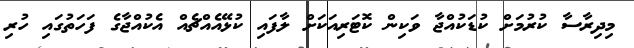
މިދިރާސާ ކުރުމަށް ކުޑަކުއްޖާ ވަކިން ކޮޓަރިއަކަށް ލާފައި ކުޅޭއެއްޗެއް އެކުއްޖާގެ ފަހަތުގައި ހުރި